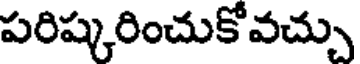
పరిష్కరించుకోవచ్చు